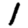
Digit: 1